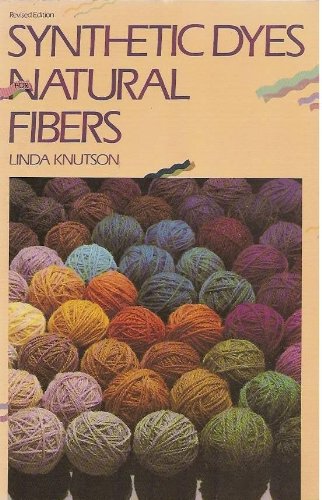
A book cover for Synthetic Dyes for Natural Fibers; Linda Knutson; Crafts, Hobbies & Home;